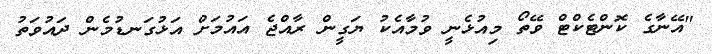
"އޭނާގެ ކޮންޓެކްޓް ވޭތޯ މިއުޅެނީ ވުމާއެކު ޔަގީން ރާއްޖެ އައުމަށް އަޅުގަނޑުމެން ދައުވަތު